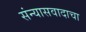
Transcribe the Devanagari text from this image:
संन्यासवादाचा